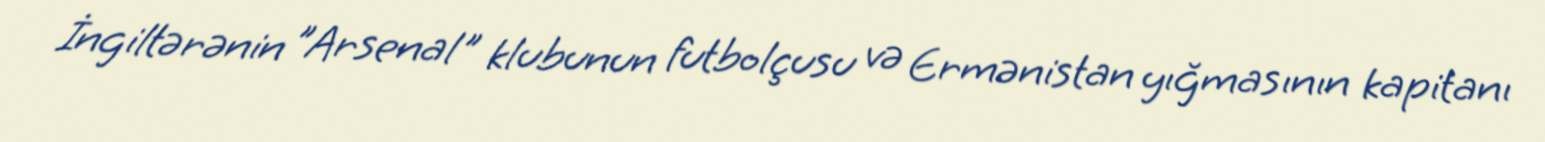
İngiltərənin "Arsenal" klubunun futbolçusu və Ermənistan yığmasının kapitanı